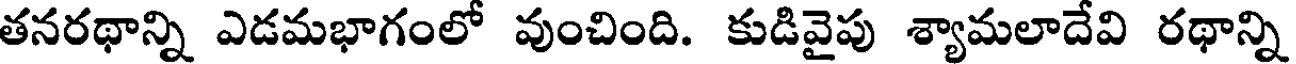
తనరథాన్ని ఎడమభాగంలో వుంచింది. కుడివైపు శ్యామలాదేవి రథాన్ని